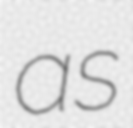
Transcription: as